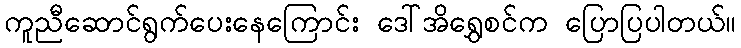
ကူညီဆောင်ရွက်ပေးနေကြောင်း ဒေါ်အိရွှေစင်က ပြောပြပါတယ်။